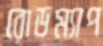
রোডম্যাপ